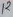
Text: 12